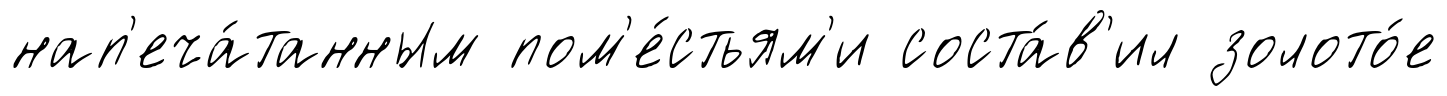
нап'еча́танным пом'е́стьям'и соста́в'ил золото́е